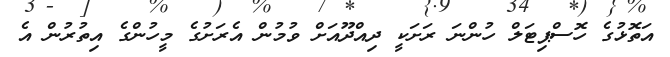
އަތޮޅުގެ ހޮސްޕިޓަލް ހުންނަ ރަށަކީ ދިއްދޫއަށް ވުމުން އެރަށުގެ މީހުންގެ އިތުރުން އެ